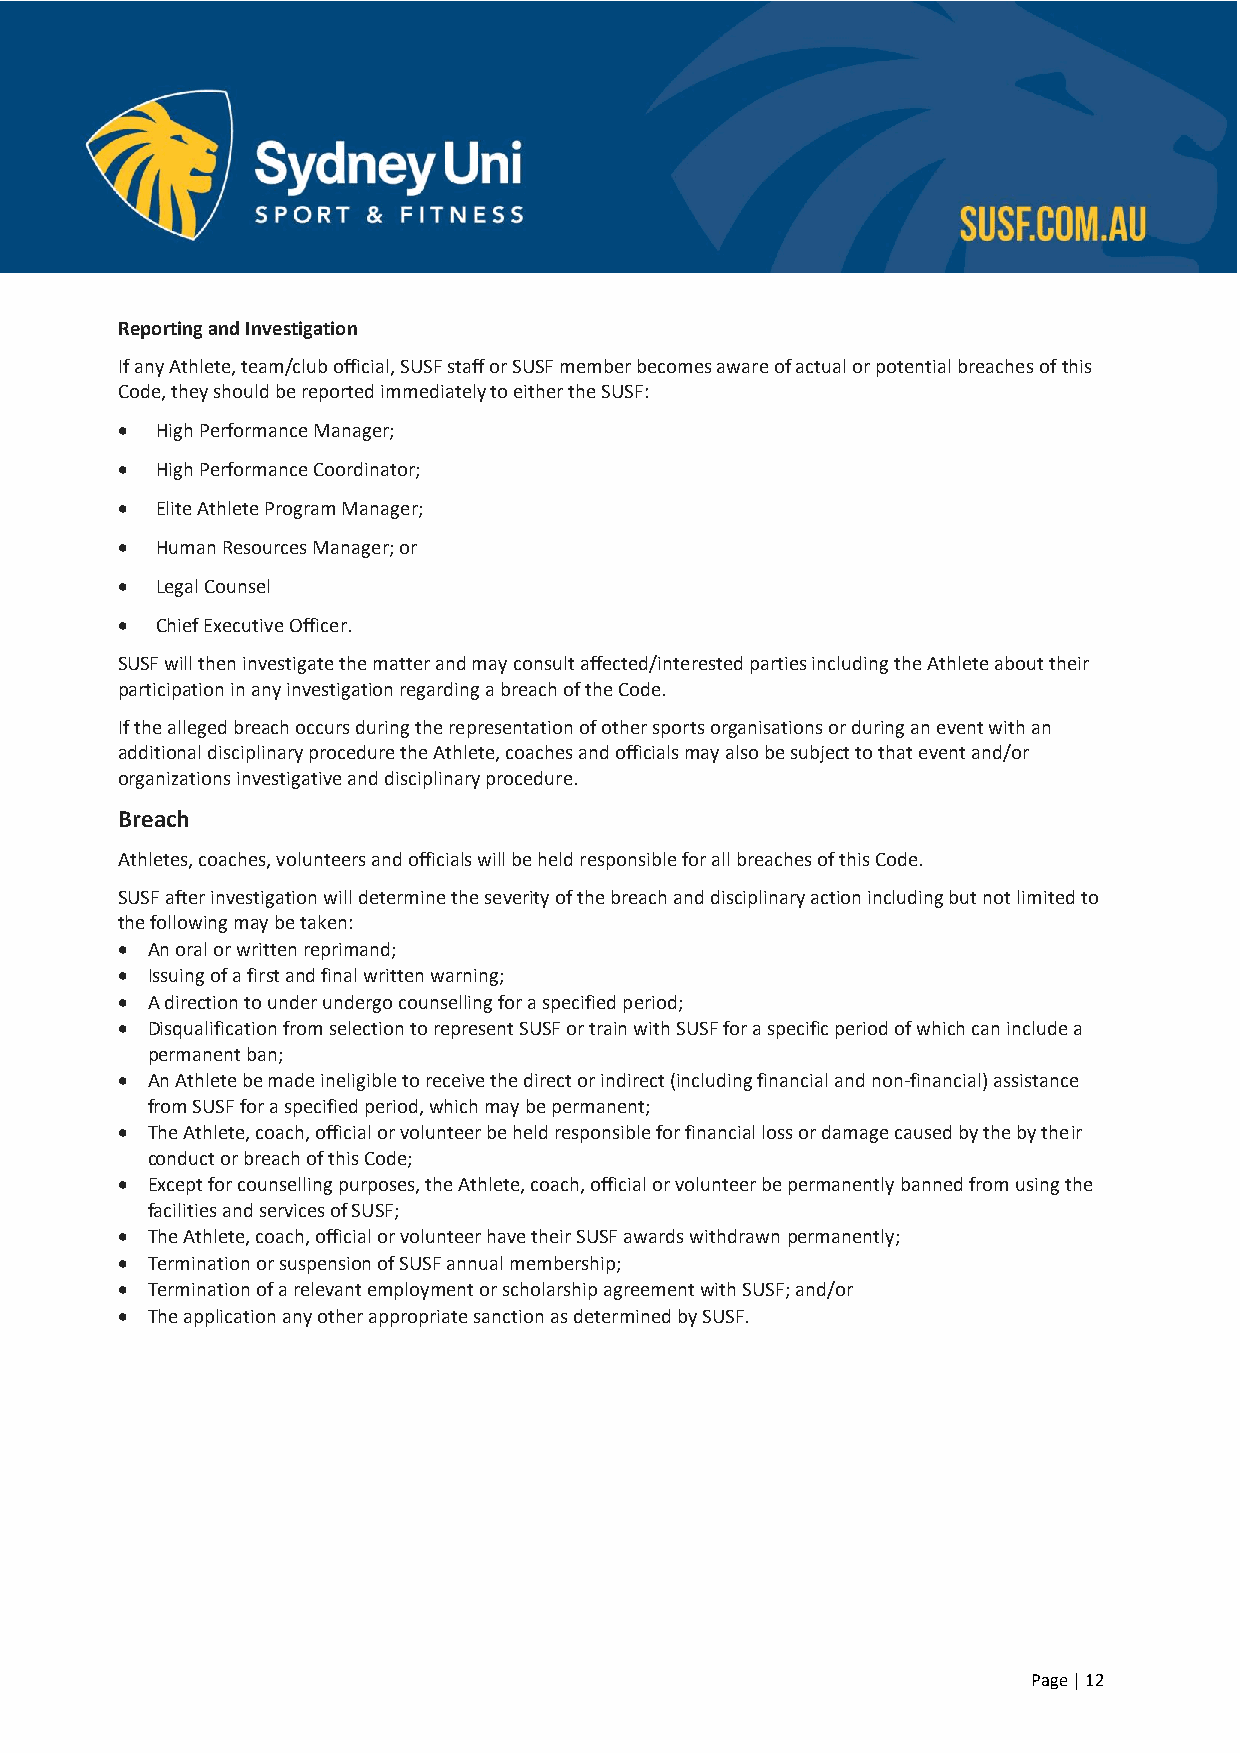
Reporting and Investigation
 If any Athlete, team/club official, SUSF staff or SUSF member becomes aware of actual or potential breaches of this
 Code, they should be reported immediately to either the SUSF:
 • High Performance Manager;
 • High Performance Coordinator;
 • Elite Athlete Program Manager;
 • Human Resources Manager; or
 • Legal Counsel
 • Chief Executive Officer.
 SUSF will then investigate the matter and may consult affected/interested parties including the Athlete about their
 participation in any investigation regarding a breach of the Code.
 If the alleged breach occurs during the representation of other sports organisations or during an event with an
 additional disciplinary procedure the Athlete, coaches and officials may also be subject to that event and/or
 organizations investigative and disciplinary procedure.
 Breach
 Athletes, coaches, volunteers and officials will be held responsible for all breaches of this Code.
 SUSF after investigation will determine the severity of the breach and disciplinary action including but not limited to
 the following may be taken:
 • An oral or written reprimand;
 • Issuing of a first and final written warning;
 • A direction to under undergo counselling for a specified period;
 • Disqualification from selection to represent SUSF or train with SUSF for a specific period of which can include a
 permanent ban;
 • An Athlete be made ineligible to receive the direct or indirect (including financial and non-financial) assistance
 from SUSF for a specified period, which may be permanent;
 • The Athlete, coach, official or volunteer be held responsible for financial loss or damage caused by the by their
 conduct or breach of this Code;
 • Except for counselling purposes, the Athlete, coach, official or volunteer be permanently banned from using the
 facilities and services of SUSF;
 • The Athlete, coach, official or volunteer have their SUSF awards withdrawn permanently;
 • Termination or suspension of SUSF annual membership;
 • Termination of a relevant employment or scholarship agreement with SUSF; and/or
 • The application any other appropriate sanction as determined by SUSF.
 Page | 12